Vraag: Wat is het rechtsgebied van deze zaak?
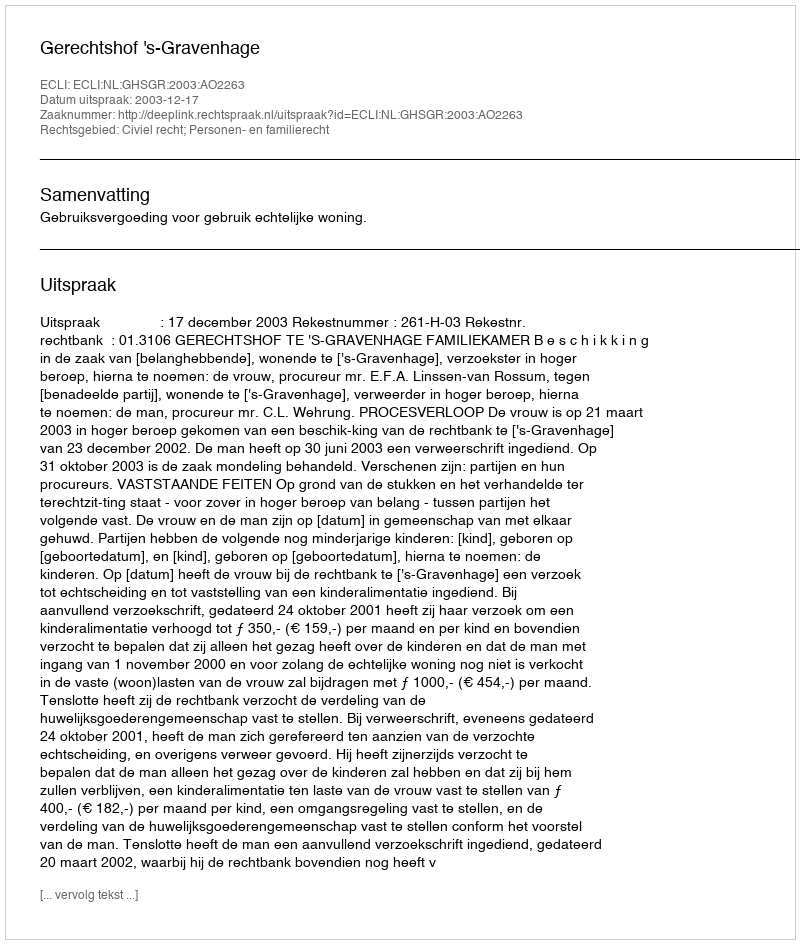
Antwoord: Civiel recht; Personen- en familierecht